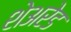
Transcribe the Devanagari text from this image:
शेअरेड